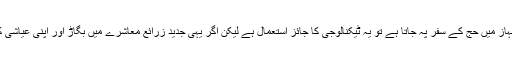
ٹیکنالوجی اختیار کرنے کی اسلام میں اجازت ہے اگر کوئی ہوائی جہاز میں حج کے سفر پہ جاتا ہے تو یہ ٹیکنالوجی کا جائز استعمال ہے لیکن اگر یہی جدید زرائع معاشرے میں بگاڑ اور اپنی عیاشی کے لیے اختیار کیے جائیں تو یہ جدیدیت حرام تصور کی جائے گی۔